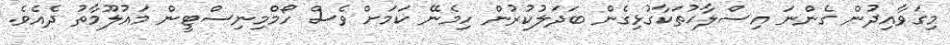
މިގަވާއިދުން ގެންނަ އިސްލާޙުތަކާގުޅިގެން ބަދަލުކުރުން ހިމެނޭ ކަމަށް ވެސް ހޯމްމިނިސްޓީން މައުލޫމާތު ދެއެވެ.